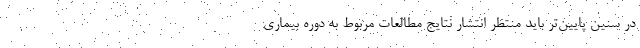
در سنین پایین‌تر باید منتظر انتشار نتایج مطالعات مربوط به دوره بیماری